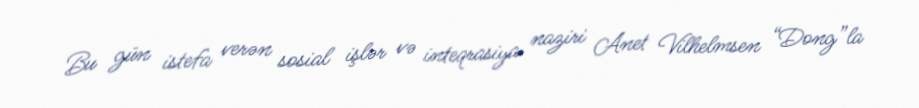
Bu gün istefa verən sosial işlər və inteqrasiya naziri Anet Vilhelmsen “Dong”la